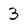
Character: 3